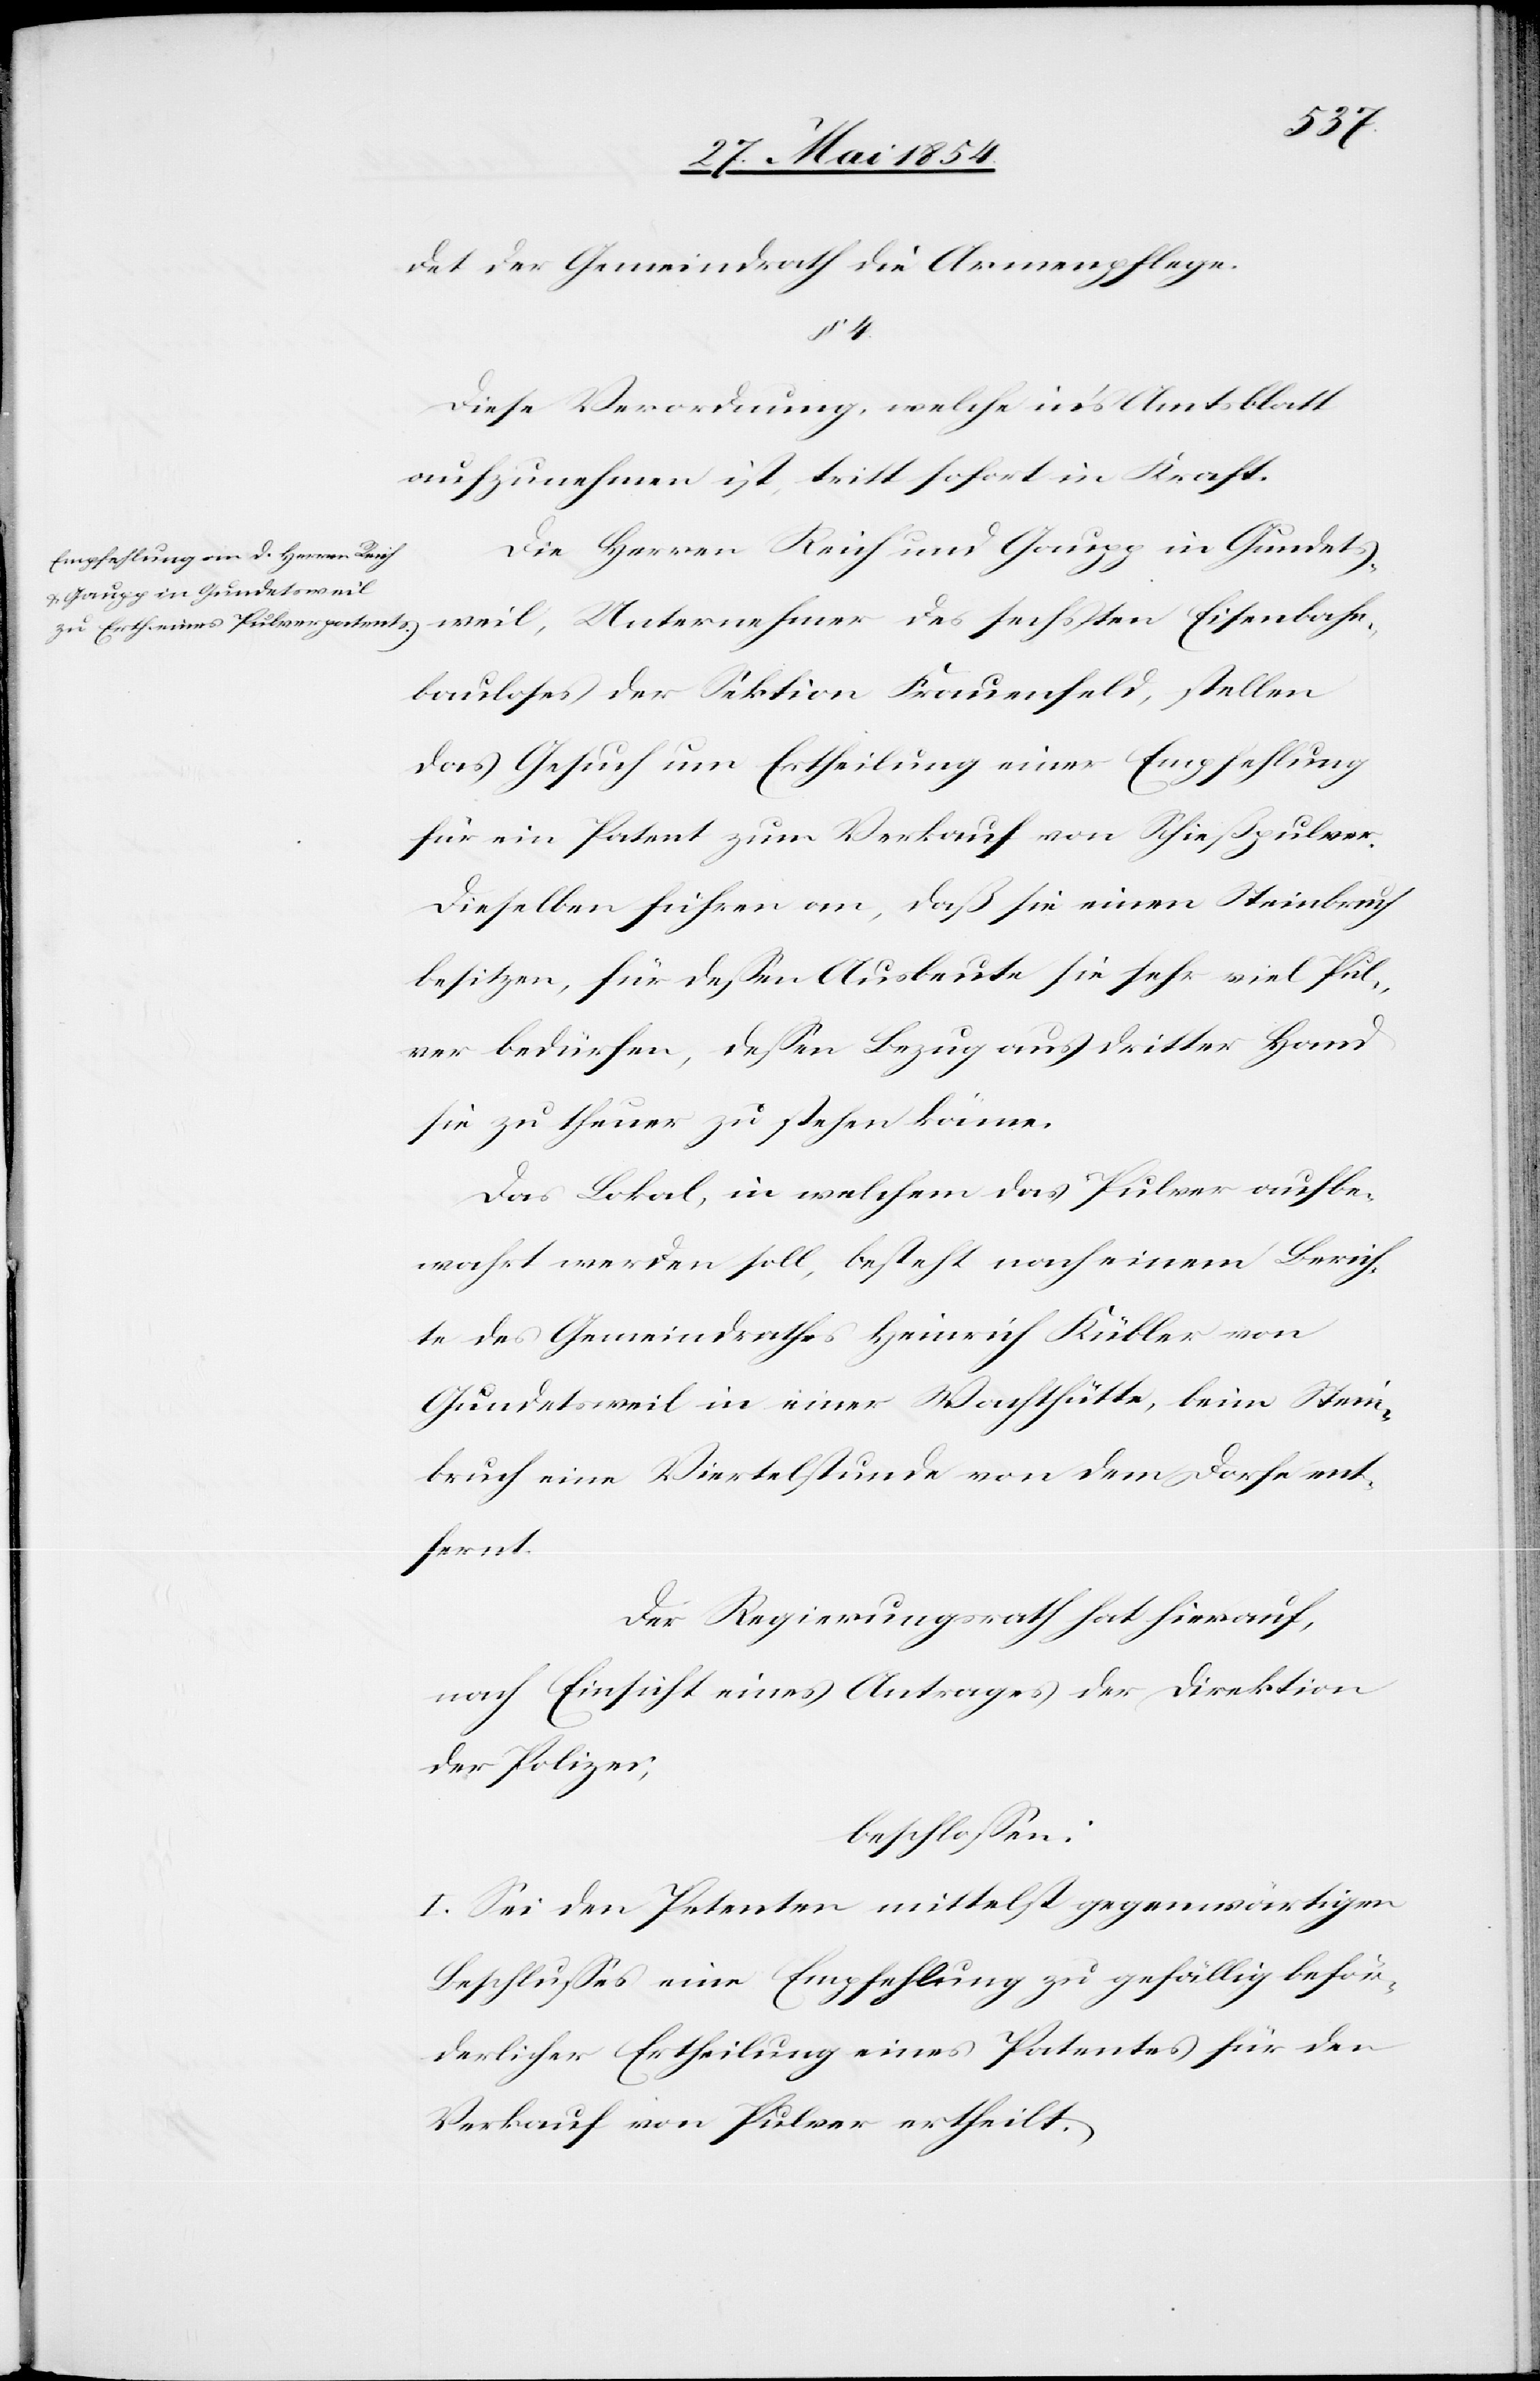
bahn¬
det der Gemeindrath die Armenpflege.
§ 4.
Diese Verordnung, welche in’s Amtsblatt
aufzunehmen ist, tritt sofort in Kraft.
Die Herren Reich und Gaupp in Gundets¬
bauloses der Sektion Frauenfeld, stellen
das Gesuch um Ertheilung einer Empfehlung
für ein Patent zum Verkauf von Schießpulver.
Dieselben führen an, daß sie einen Steinbruch
besitzen, für deßen Ausbeute sie sehr viel Pul¬
ver bedürfen, deßen Bezug aus dritter Hand
sie zu theuer zu stehen käme.
Das Lokal, in welchem das Pulver aufbe¬
wahrt werden soll, besteht nach einem Berich¬
te des Gemeindrathes Heinrich Kübler von
Gundetsweil in einer Wachthütte, beim Stein¬
bruch eine Viertelstunde von dem Dorfe ent¬
fernt.
Der Regierungsrath hat hierauf,
nach Einsicht eines Antrages der Direktion
der Polizei,
beschloßen:
I. Sei den Petenten mittelst gegenwärtigen
Beschlußes eine Empfehlung zu gefällig beför¬
derlicher Ertheilung eines Patentes für den
Verkauf von Pulver ertheilt.